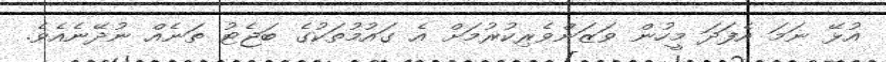
އުޅޭ ނަމަ އެފަދަ މީހުން ވަޒަންވެރިކުރުމަށް އެ ގައުމުތަކުގެ ބަޖެޓު ތަނެއް ނުދޭނެއެވެ.